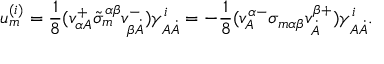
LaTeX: u _ { m } ^ { ( i ) } = \frac 1 8 ( v _ { \alpha A } ^ { + } \tilde { \sigma } _ { m } ^ { \alpha \beta } v _ { \beta \dot { A } } ^ { - } ) \gamma _ { A \dot { A } } ^ { i } = - \frac 1 8 ( v _ { A } ^ { \alpha - } \sigma _ { m \alpha \beta } v _ { \dot { A } } ^ { \beta + } ) \gamma _ { A \dot { A } } ^ { i } .